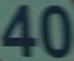
40